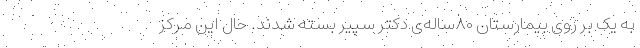
به یک بر روی بیمارستان ۸۰ساله‌ی دکتر سپیر بسته شدند. حال این مرکز